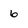
Character: 6